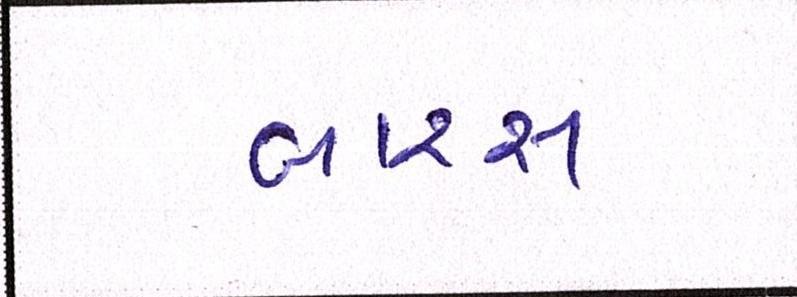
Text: બારસ